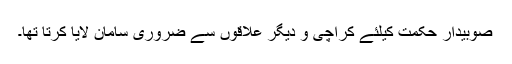
صوبیدار حکمت کیلئے کراچی و دیگر علاقوں سے ضروری سامان لایا کرتا تھا۔